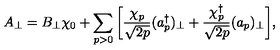
A _ { \perp } = B _ { \perp } \chi _ { 0 } + \sum _ { p > 0 } \bigg [ \frac { \chi _ { p } } { \sqrt { 2 p } } ( a _ { p } ^ { \dagger } ) _ { \perp } + \frac { \chi _ { p } ^ { \dagger } } { \sqrt { 2 p } } ( a _ { p } ) _ { \perp } \bigg ] ,